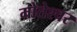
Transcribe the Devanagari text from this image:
मोतेश्वर